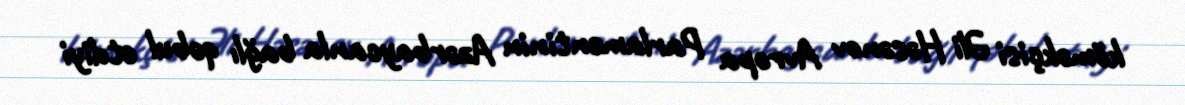
köməkçisi Əli Həsənov Avropa Parlamentinin Azərbaycanla bağlı qəbul etdiyi